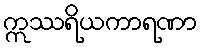
ဣဿရိယကာရဏာ